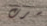
سرت